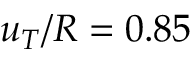
u _ { T } / R = 0 . 8 5